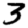
Digit: 3